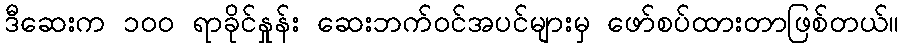
ဒီဆေးက ၁၀၀ ရာခိုင်နှုန်း ဆေးဘက်ဝင်အပင်များမှ ဖော်စပ်ထားတာဖြစ်တယ်။